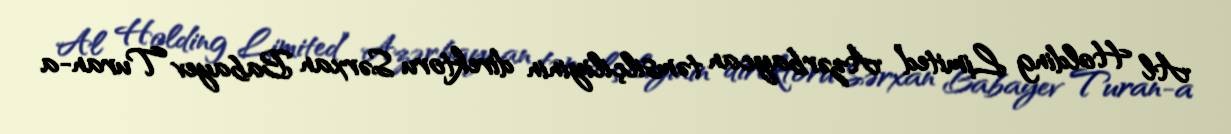
Al Holding Limited” Azərbaycan təmsilçiliyinin direktoru Sərxan Babayev Turan-a